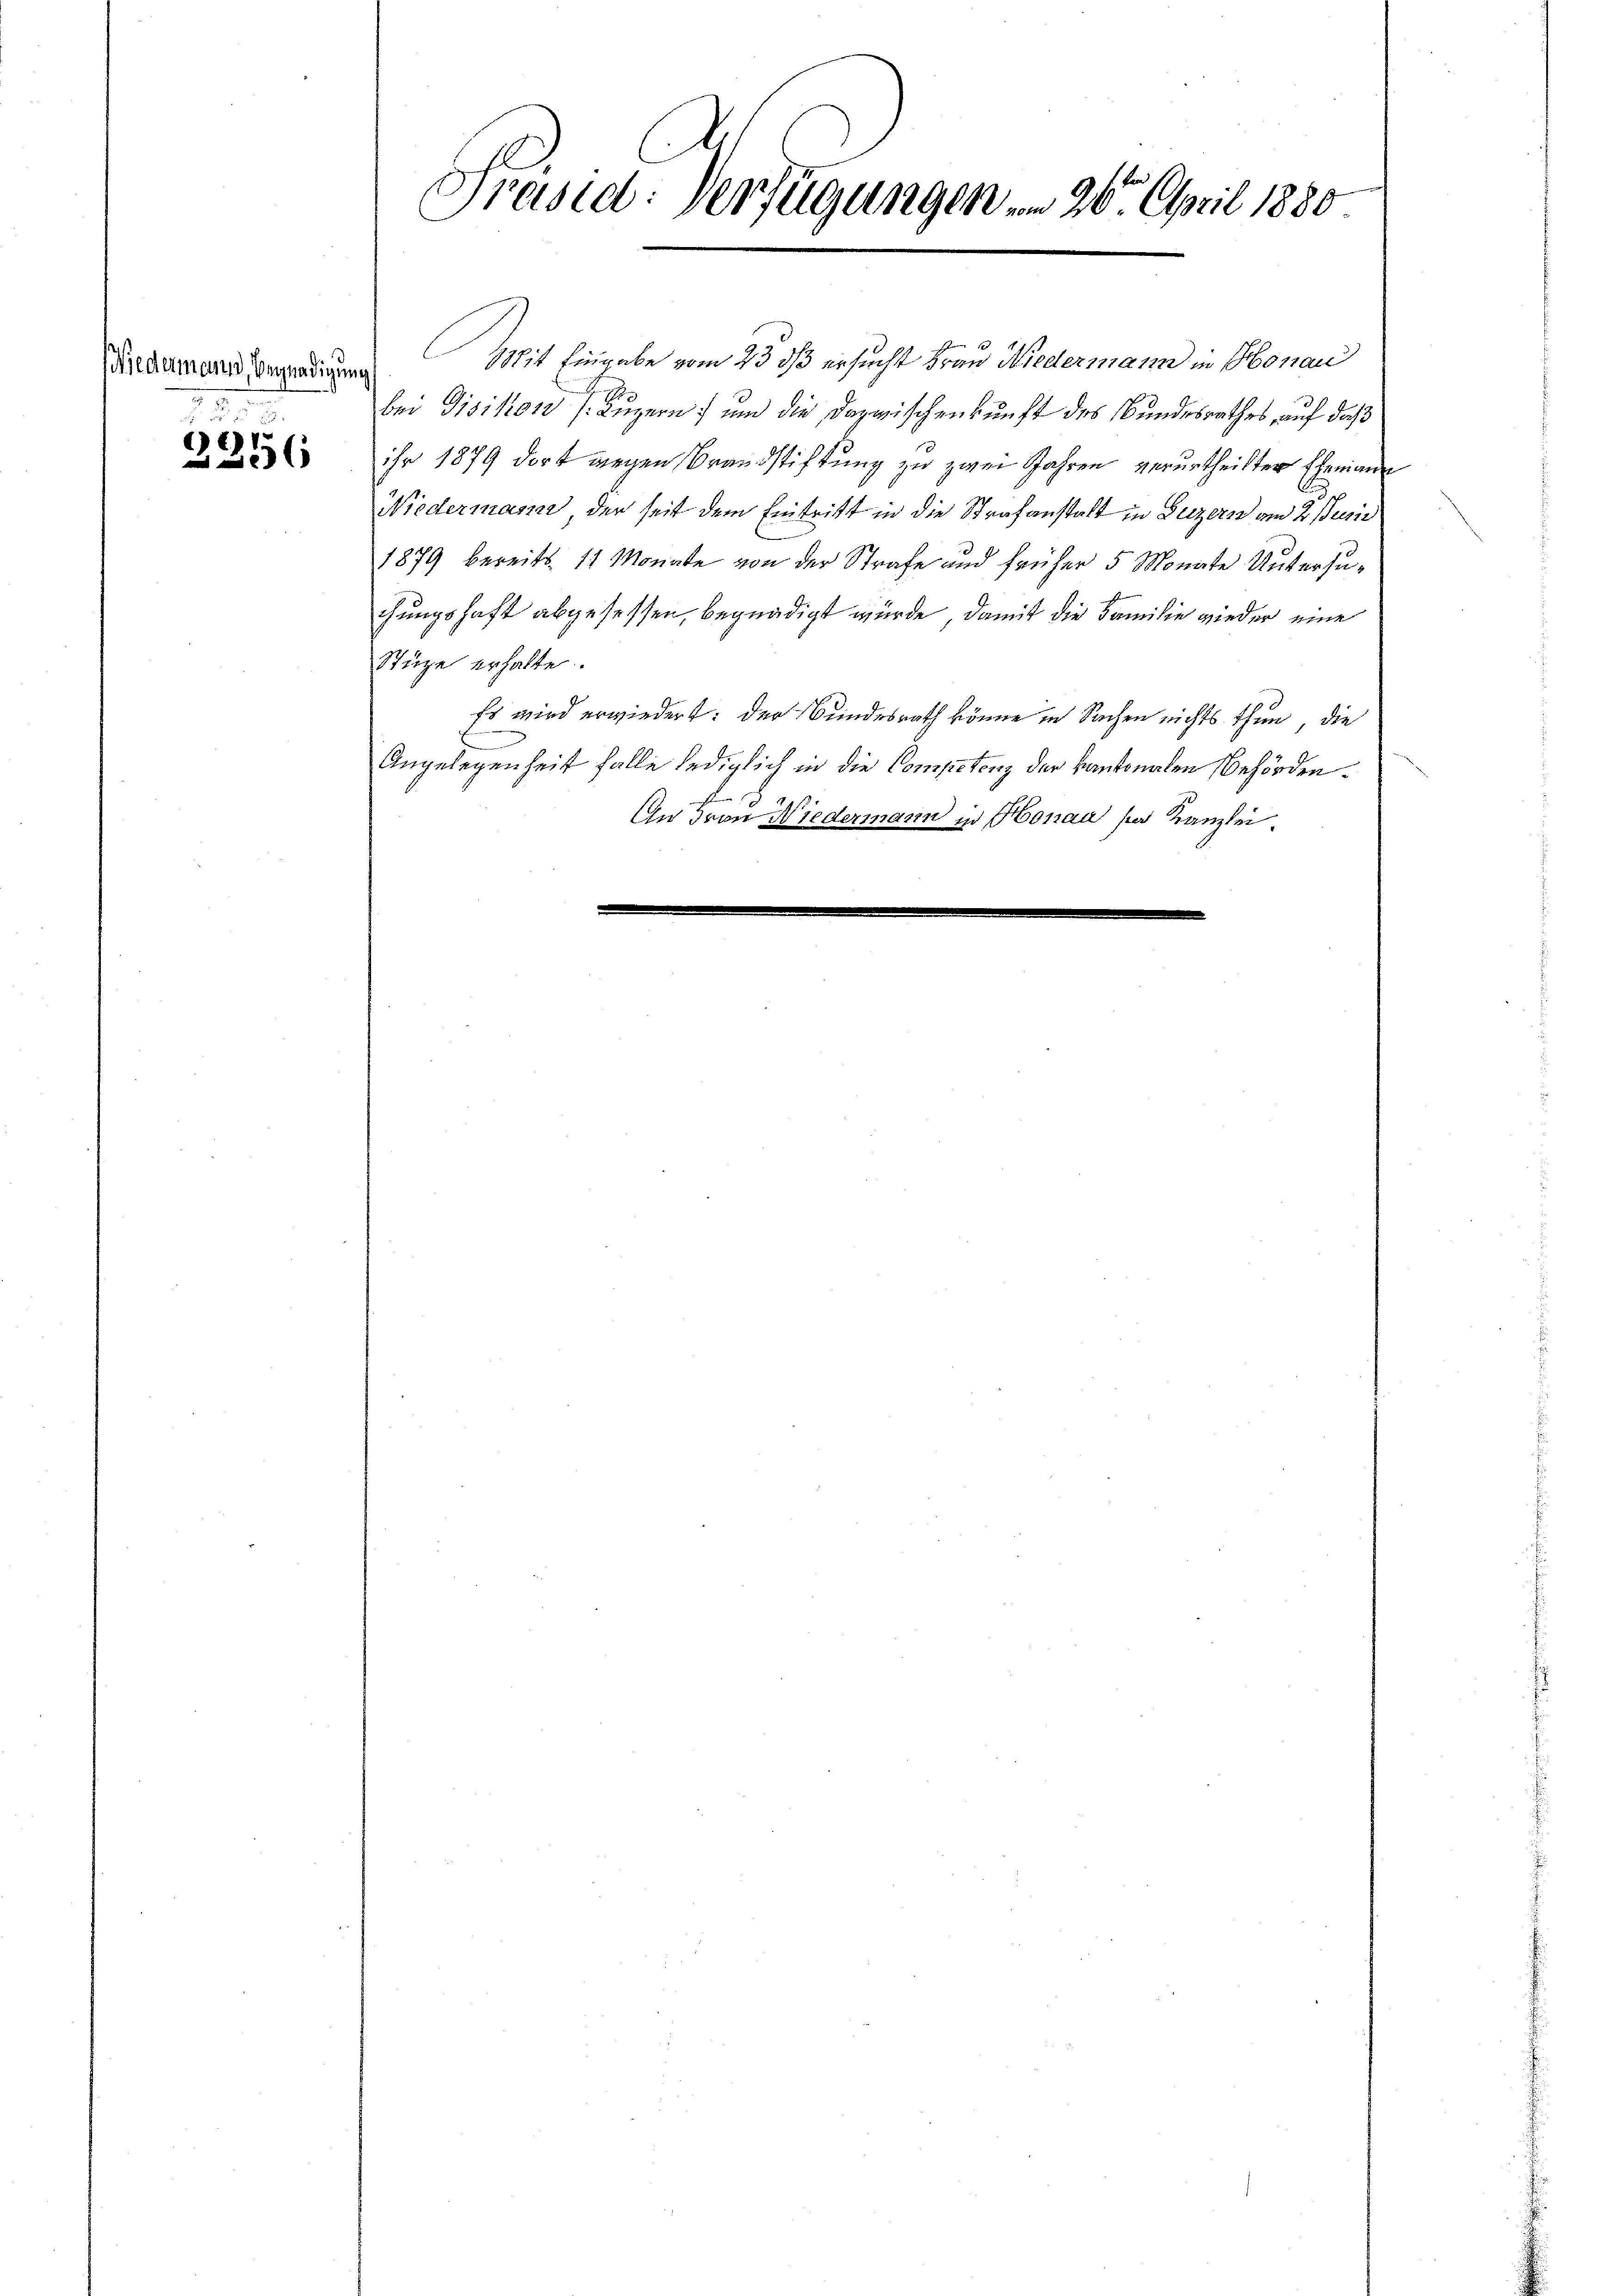
(Niedermann, Begnadigung
12

2256

Präsid. Verfügungen in 26. April 1880

Mit Eingabe vom 23 33 ersucht Frau Niedermann in Honau
bei Disikon (Luzern) um die Dazwischenkunft des Bundesrathes, auf daß
ihr 1879 dort wegen Brandstiftung zu zwei Jahren verurtheilter Ehemann
Niedermann der seit dem Eintritt in die Strafanstalt in Luzern am 2. Junii
1879 bereits 11 Monate von der Strafe und früher 5 Monate Untersuchungshaft abgesessen, begnadigt wurde, damit die Familie wieder eine
Stüge erhalte.
Es wird erwiedert: der Bundesrath könne in Sachen nichts thun, die
Angelegenheit falle lediglich in die Competenz der kantonalen Behörden.

An Frau Niedermann in Honau par Kanzlei.